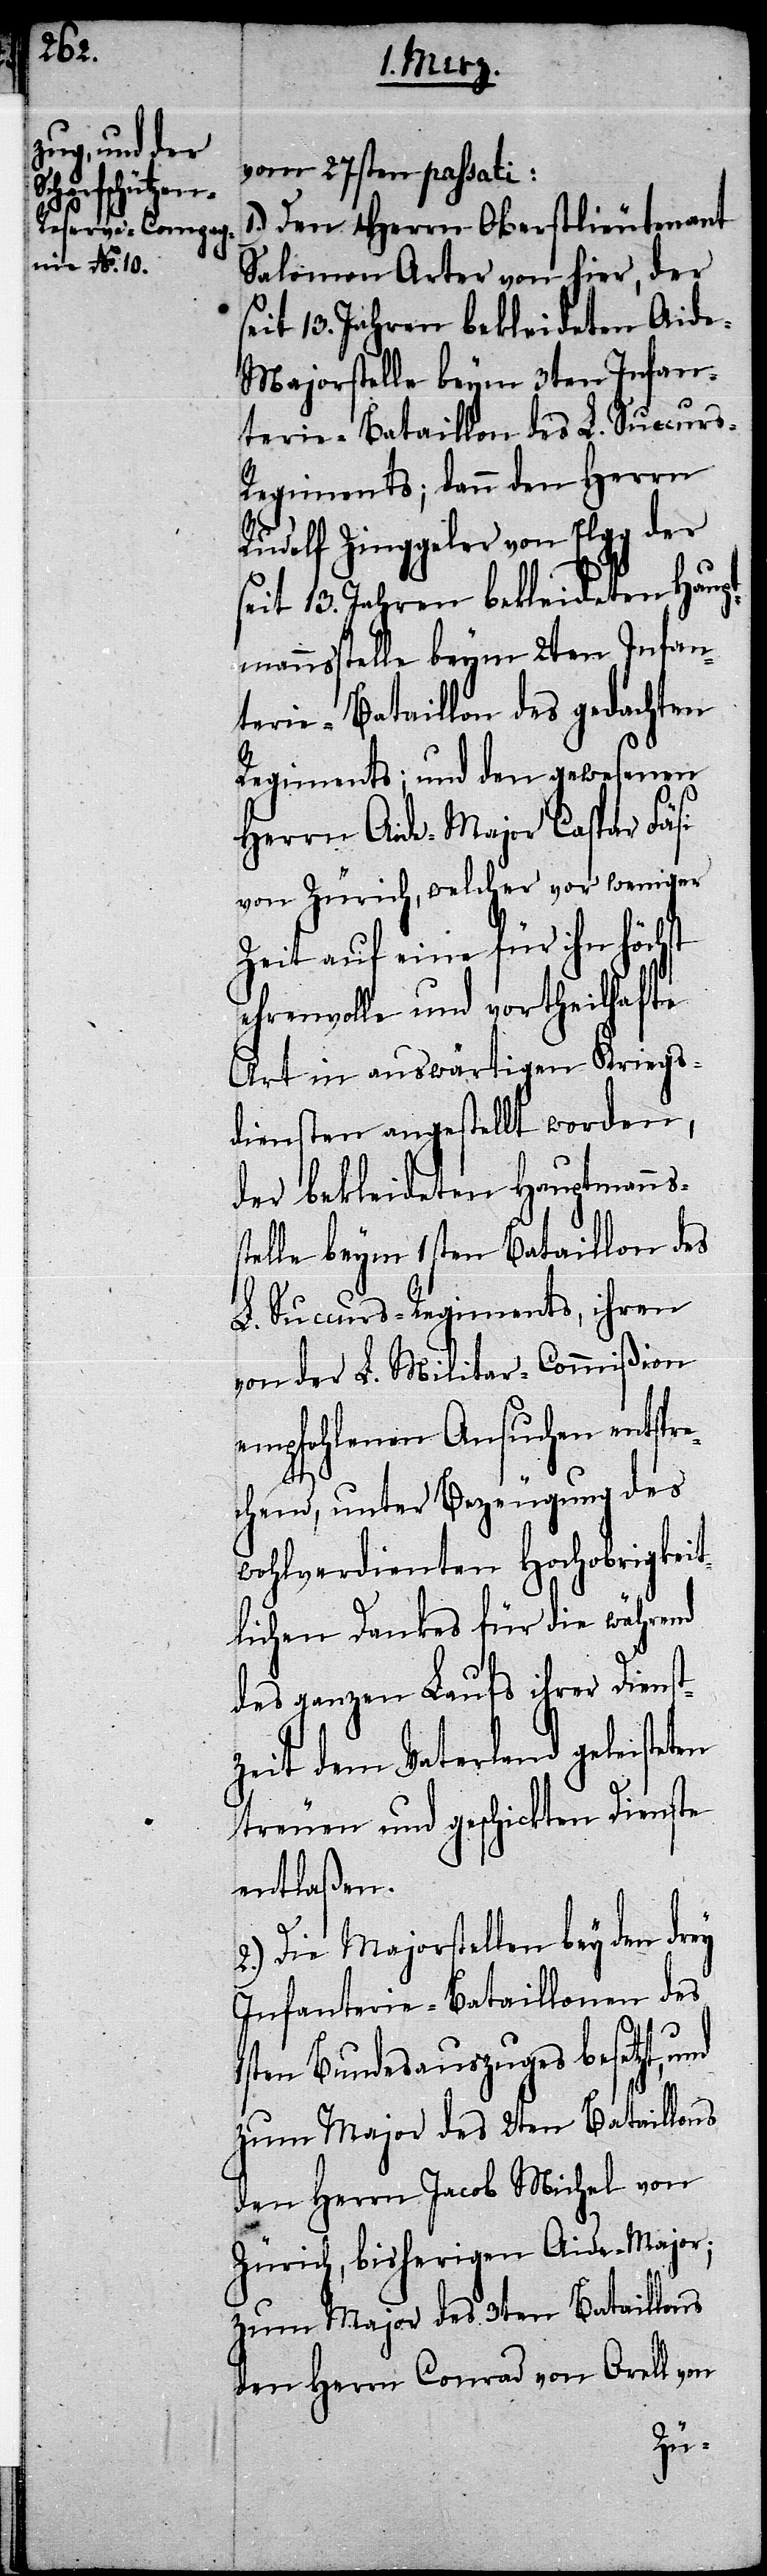
s¬

vom 27sten passati:
1.) Den Herrn Oberstlieutenant
Salomon Arter von hier, der
seit 13. Jahren bekleideten Aid¬
e-Majorstelle beym 3ten Infan¬
terie-Bataillon des L. Succurs-R¬
egiments; dann den Herrn
Rudolf Zinggeler von Elgg der
seit 13. Jahren bekleideten Haupt¬
mannsstelle beym 2ten Infan¬
terie-Bataillon des gedachten
Regiments; und den gewesenen
Herrn Aide-Major Caspar Fäsi
von Zürich, welcher vor weniger
Zeit auf eine für ihn höchst
ehrenvolle und vortheilhafte
Art in auswärtigen Kriegs¬
diensten angestellt worden,
der bekleideten Hauptmanns¬
telle beym 1sten Bataillon des
L. Succurs-Regiments, ihren
von der L. Militar-Commißion
empfohlenen Ansuchen entspr¬
echend, unter Bezeugung des
wohlverdienten Hochobrigkeit¬
lichen Dankes für die während
des ganzen Laufs ihrer Dienst¬
zeit dem Vaterland geleisteten
treuen und geschickten Dienste
entlaßen.
2.) Die Majorstellen bey den drey
Infanterie-Bataillonen des
1sten Bundesauszuges besetzt,
zum Major des 3ten Bataillons
den Herrn Jacob Michel von
Zürich, bisherigen Aide-Major;
den Herrn Cornad von Orell von